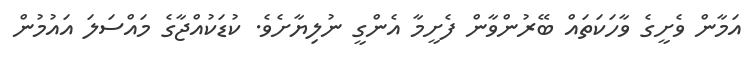
އަމާން ވެށީގެ ވާހަކަތައް ބޭރުންވާން ފެށީމާ އެންގީ ނުލިޔާށެވެ. ކުޑަކުއްޖާގެ މައްސަލަ އައުމުން